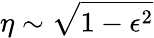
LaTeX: \eta\sim\sqrt{1-\epsilon^{2}}